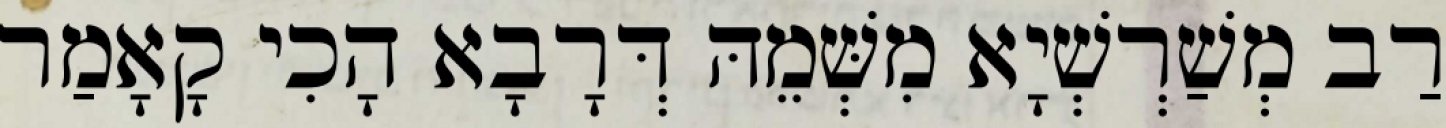
רַב מְשַׁרְשְׁיָא מִשְּׁמֵהּ דְּרָבָא הָכִי קָאָמַר